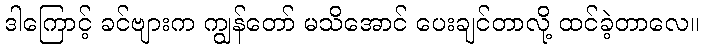
ဒါကြောင့် ခင်ဗျားက ကျွန်တော် မသိအောင် ပေးချင်တာလို့ ထင်ခဲ့တာလေ။